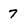
Character: 7